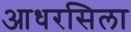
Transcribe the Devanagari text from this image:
आधरसिला